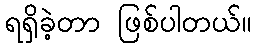
ရရှိခဲ့တာ ဖြစ်ပါတယ်။